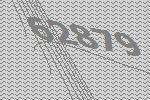
62879